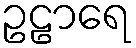
ဥဠာရေ